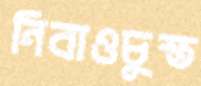
নিবাওচুস্ত